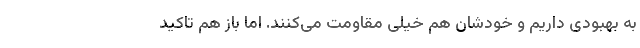
به بهبودی داریم و خودشان هم خیلی مقاومت می‌کنند. اما باز هم تاکید